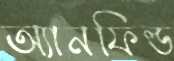
অ্যানফিল্ড